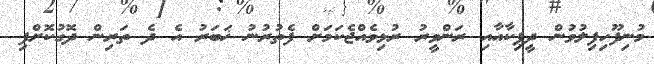
މުނިފޫހިފިލުވުން ދީޕިކާއާއި ރަންވީރު ރުޅިވެއްޖެކަމަށް ފެތުރުނު ޚަބަރު އެ ދެ ތަރިން ދޮގުކޮށްފި